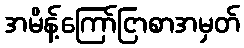
အမိန့်ကြော်ငြာစာအမှတ်